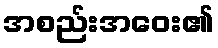
အစည်းအဝေး၏